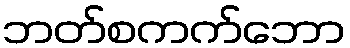
ဘတ်စကက်ဘော